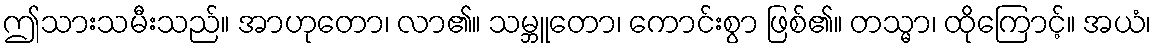
ဤသားသမီးသည်။ အာဟုတော၊ လာ၏။ သမ္ဘူတော၊ ကောင်းစွာ ဖြစ်၏။ တသ္မာ၊ ထိုကြောင့်။ အယံ၊